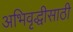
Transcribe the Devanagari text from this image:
अभिवृद्धीसाठी